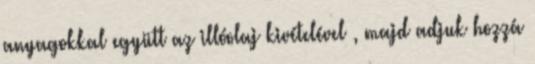
anyagokkal együtt az illóolaj kivételével , majd adjuk hozzá